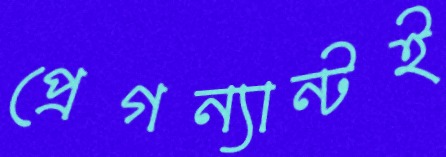
প্রেগন্যান্টই